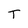
Character: T